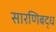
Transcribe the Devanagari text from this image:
सारणिबद्ध